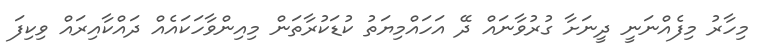
މިހާރު މިފެއްނަނީ ދީނަށާ ގުރުވާނައް ދޭ އަހައްމިޔަތު ކުޑަކުރާތަން މިއިންވާހަކައެއް ދައްކާއިރައް ވިކިފަ